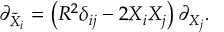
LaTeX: \psi _ { \varepsilon _ { 0 } { \frac { 1 } { 2 } } m + } ( r , \theta , \phi ) = \left( \begin{array} { l l } { { } } & { { f _ { 0 0 } ( r ) \ \Omega _ { 0 } ^ { { \frac { 1 } { 2 } } m } ( \theta , \phi ) } } \\ { { } } & { { g _ { 0 1 } ( r ) \ \Omega _ { 1 } ^ { { \frac { 1 } { 2 } } m } ( \theta , \phi ) } } \end{array} \right) ,